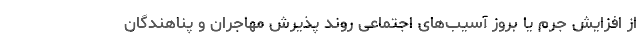
از افزایش جرم یا بروز آسیب‌های اجتماعی روند پذیرش مهاجران و پناهندگان